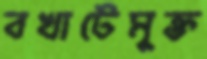
বখাটেমুক্ত